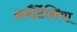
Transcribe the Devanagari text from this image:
अमौर्टेंशिया